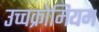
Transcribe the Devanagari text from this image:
उच्चक्रोमियम